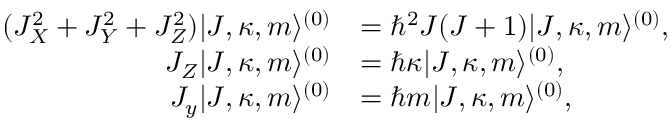
\begin{array} { r l } { ( J _ { X } ^ { 2 } + J _ { Y } ^ { 2 } + J _ { Z } ^ { 2 } ) | J , \kappa , m \rangle ^ { ( 0 ) } } & { = \hbar ^ { 2 } J ( J + 1 ) | J , \kappa , m \rangle ^ { ( 0 ) } , } \\ { J _ { Z } | J , \kappa , m \rangle ^ { ( 0 ) } } & { = \hbar \kappa | J , \kappa , m \rangle ^ { ( 0 ) } , } \\ { J _ { y } | J , \kappa , m \rangle ^ { ( 0 ) } } & { = \hbar m | J , \kappa , m \rangle ^ { ( 0 ) } , } \end{array}